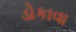
ડોકાવા